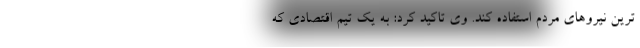
ترین نیروهای مردم استفاده کند. وی تاکید کرد: به یک تیم اقتصادی که